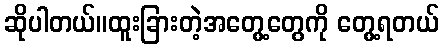
ဆိုပါတယ်။ထူးခြားတဲ့အတွေ့တွေကို တွေ့ရတယ်